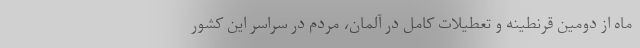
ماه از دومین قرنطینه و تعطیلات کامل در آلمان، مردم در سراسر این کشور